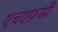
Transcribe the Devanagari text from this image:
एचएफ़सी